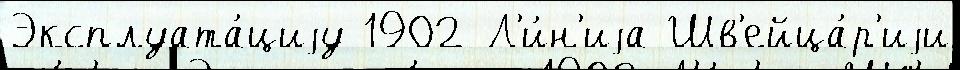
Эксплуата́циjу 1902 Л'и́н'иjа Шв'ейца́р'иjи